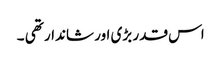
اس قدر بڑی اور شاندار تھی ۔